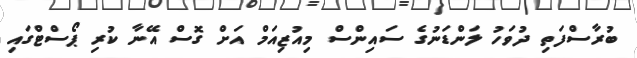
ބުރާސްފަތި ދުވަހު ލަންޑަނުގެ ސައިންސް މިއުޒިއަމް އަށް ގޮސް އޭނާ ކުރި ޕޯސްޓްގައި